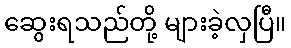
ဆွေးရသည်တို့ များခဲ့လှပြီ။